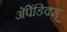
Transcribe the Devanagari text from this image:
अॅपेंडिक्स्